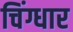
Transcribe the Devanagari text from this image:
चिंग्धार